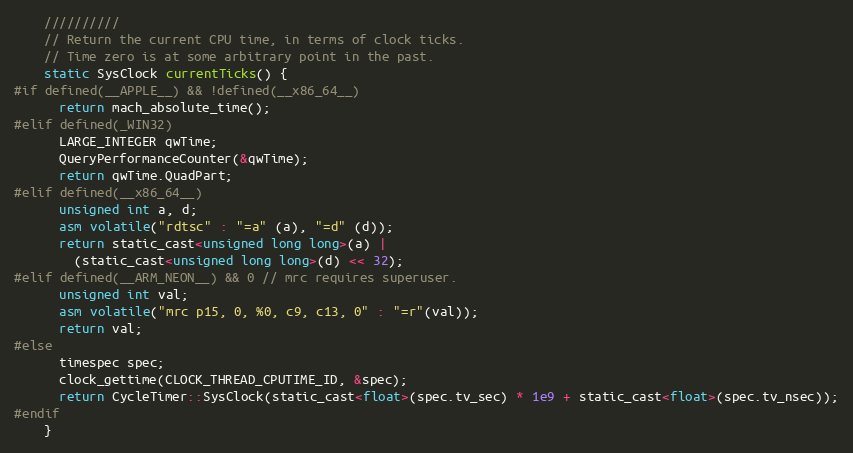
Language: C
    //////////
    // Return the current CPU time, in terms of clock ticks.
    // Time zero is at some arbitrary point in the past.
    static SysClock currentTicks() {
#if defined(__APPLE__) && !defined(__x86_64__)
      return mach_absolute_time();
#elif defined(_WIN32)
      LARGE_INTEGER qwTime;
      QueryPerformanceCounter(&qwTime);
      return qwTime.QuadPart;
#elif defined(__x86_64__)
      unsigned int a, d;
      asm volatile("rdtsc" : "=a" (a), "=d" (d));
      return static_cast<unsigned long long>(a) |
        (static_cast<unsigned long long>(d) << 32);
#elif defined(__ARM_NEON__) && 0 // mrc requires superuser.
      unsigned int val;
      asm volatile("mrc p15, 0, %0, c9, c13, 0" : "=r"(val));
      return val;
#else
      timespec spec;
      clock_gettime(CLOCK_THREAD_CPUTIME_ID, &spec);
      return CycleTimer::SysClock(static_cast<float>(spec.tv_sec) * 1e9 + static_cast<float>(spec.tv_nsec));
#endif
    }